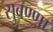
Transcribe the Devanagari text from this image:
सुबण्णा